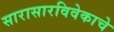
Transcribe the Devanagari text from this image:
सारासारविवेकाचे